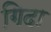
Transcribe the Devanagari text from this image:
गिदा